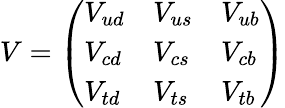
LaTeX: V=\left(\begin{array}{lll}{{V_{ud}}}&{{V_{us}}}&{{V_{ub}}}\\ {{V_{cd}}}&{{V_{cs}}}&{{V_{cb}}}\\ {{V_{td}}}&{{V_{ts}}}&{{V_{tb}}}\end{array}\right)